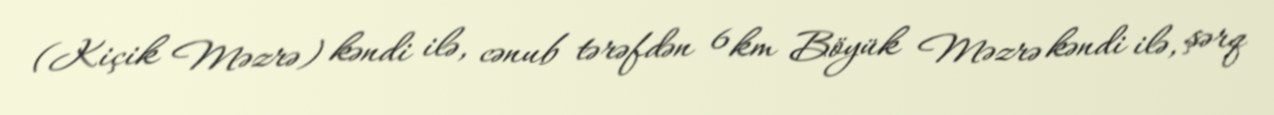
(Kiçik Məzrə) kəndi ilə, cənub tərəfdən 6 km Böyük Məzrə kəndi ilə, şərq